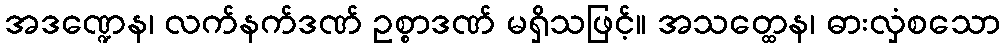
အဒဏ္ဍေန၊ လက်နက်ဒဏ် ဥစ္စာဒဏ် မရှိသဖြင့်။ အသတ္ထေန၊ ဓားလှံစသော